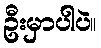
ဦးမှာပါပဲ။